Vaccination in Burma 1920-1933 - 1920-1933
Year: 1920
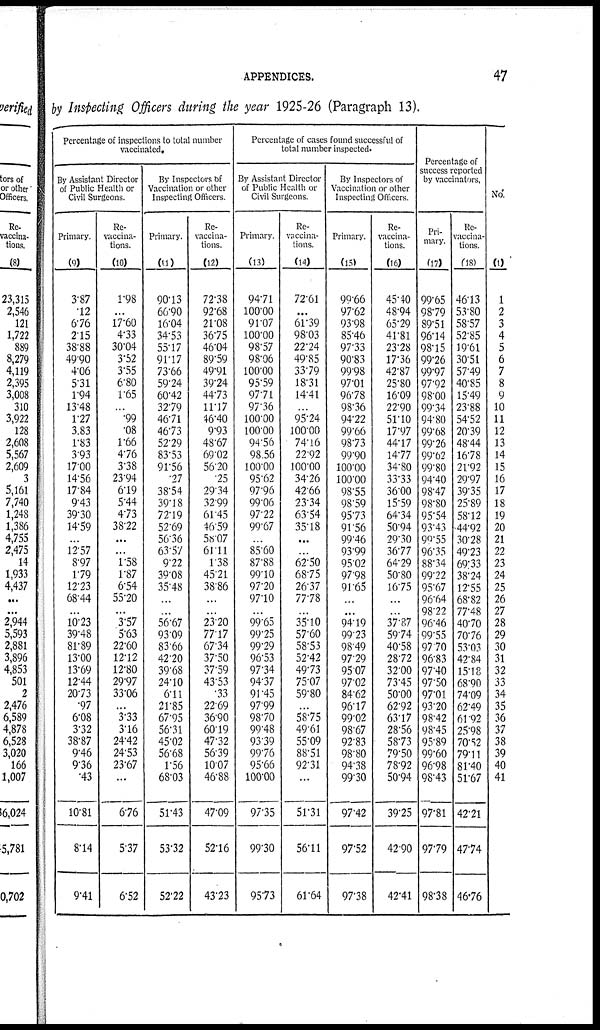
APPENDICES.
47
by Inspecting Officers during the year 1925-26 (Paragraph 13).
Percentage of inspections to total number
vaccinated.
By Assistant Director
of Public Health or
Civil Surgeons.
Primary.
(9)
3.87
.12
6.76
2.15
38.88
49.90
4.06
5.31
1.94
13.48
1.27
3.83
1.83
3.93
17.00
14.56
17.84
9.43
39.30
14.59
...
12.57
8.97
1.79
12.23
68.44
...
10.23
39.48
81.89
13.00
13.69
12.44
20.73
.97
6.08
3.32
38.87
9.46
9.36
.43
10.81
8.14
9.41
Re-
vaccina-
tions.
(10)
1.98
...
17.60
4.33
30.04
3.52
3.55
6.80
1.65
...
.99
.08
1.66
4.76
3.38
23.94
6.19
5.44
4.73
38.22
...
...
1.58
1.87
6.54
55.20
...
3.57
5.63
22.60
12.12
12.80
29.97
33.06
...
3.33
3.16
24.42
24.53
23.67
...
6.76
5.37
6.52
By Inspectors of
Vaccination or other
Inspecting Officers.
Primary.
(11)
90.13
66.90
16.04
34.53
55.17
91.17
73.66
59.24
60.42
32.79
46.71
46.73
52.29
83.53
91.56
.27
38.54
39.18
72.19
52.69
56.36
63.57
9.22
39.08
35.48
...
...
56.67
9309
83.66
42.20
39.68
24.10
6.11
21.85
67.95
56.31
45.02
56.68
1.56
68.03
51.43
53.32
52.22
Re-
vaccina-
tions.
(12)
72.38
92.68
21.08
36.75
46.04
89.59
49.91
39.24
44.73
11.17
46.40
9.93
48.67
69.02
56.20
.25
29.34
32.99
61.45
46.59
58.07
61.11
1.38
45.21
38.86
...
...
23.20
77.17
67.34
37.50
37.59
43.53
.33
22.69
36.90
60.19
47.32
56.39
10.07
46.88
47.09
52.16
43.23
Percentage of cases found successful of
total number inspected.
By Assistant Director
of Public Health or
Civil Surgeons.
Primary.
(13)
94.71
100.00
91.07
100.00
98.57
98.06
100.00
95.59
97.71
97.36
100.00
100.00
94.56
98.56
100.00
95.62
97.96
99.06
97.22
99.67
...
85.60
87.88
99.10
97.20
97.10
...
99.65
99.25
99.29
96.53
97.34
94.37
91.45
97.99
98.70
99.48
93.39
99.76
95.66
100.00
97.35
99.30
95.73
Re-
vaccina-
tions.
(14)
72.61
...
61.39
98.03
22.24
49.85
33.79
18.31
14.41
...
95.24
100.00
74.16
22.92
100.00
34.26
42.66
23.34
63.54
35.18
...
...
62.50
68.75
26.37
77.78
...
35.10
57.60
58.53
52.42
49.73
75.07
59.80
...
58.75
49.61
55.09
88.51
92.31
...
51.31
56.11
61.64
By Inspectors of
Vaccination or other
Inspecting Officers.
Primary.
(15)
99.66
97.62
93.98
85.46
97.33
90.83
99.98
97.01
96.78
98.36
94.22
99.66
98.73
99.90
100.00
100.00
98.55
98.59
95.73
91.56
99.46
93.99
95.02
97.98
91.65
...
...
94.19
99.23
98.49
97.29
95.07
97.02
84.62
96.17
99.02
98.67
92.83
98.80
94.38
99.30
97.42
97.52
97.38
Re-
vaccina-
tions.
(16)
45.40
48.94
65.29
41.81
23.28
17.36
42.87
25.80
16.09
22.90
51.10
17.97
44.17
14.77
34.80
33.33
36.00
15.59
64.34
50.94
29.30
36.77
64.29
50.80
16.75
...
...
37.87
59.74
40.58
28.72
32.00
73.45
50.00
62.92
63.17
28.56
58.73
79.50
78.92
50.94
39.25
42.90
42.41
Percentage of
success reported
by vaccinators.
Pri-
mary.
(17)
99.65
98.79
89.51
96.14
98.15
99.26
99.97
97.92
98.00
99.34
94.80
99.68
99.26
99.62
99.80
94.40
98.47
98.80
95.54
93.43
90.55
96.35
88.34
99.22
95.67
96.64
98.22
96.46
99.55
97.70
96.83
97.40
97.50
97.01
93.20
98.42
98.45
95.89
99.60
96.98
98.43
97.81
97.79
98.38
Re-
vaccina-
tions.
(18)
46.13
53.80
58.57
52.85
19.61
30.51
57.49
40.85
15.49
23.88
54.52
20.39
48.44
16.78
21.92
29.97
39.35
25.89
58.12
44.92
30.28
49.23
69.33
38.24
12.55
68.82
77.48
40.70
70.76
53.03
42.84
15.18
68.90
74.09
62.49
61.92
25.98
70.52
79.11
81.40
51.67
42.21
47.74
46.76
No.
(1)
1
2
3
4
5
6
7
8
9
10
11
12
13
14
15
16
17
18
19
20
21
22
23
24
25
26
27
28
29
30
31
32
33
34
35
36
37
38
39
40
41